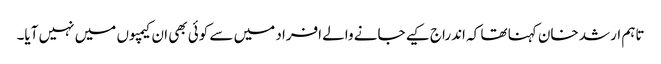
تاہم ارشد خان کہنا تھا کہ اندراج کیے جانے والے افراد میں سے کوئی بھی ان کیمپوں میں نہیں آیا۔